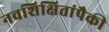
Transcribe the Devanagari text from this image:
नवशिक्षितांपैकी